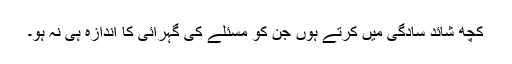
کچھ شائد سادگی میں کرتے ہوں جن کو مسئلے کی گہرائی کا اندازہ ہی نہ ہو۔